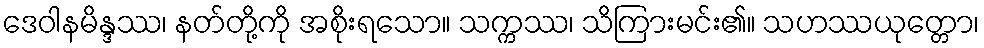
ဒေဝါနမိန္ဒဿ၊ နတ်တို့ကို အစိုးရသော။ သက္ကဿ၊ သိကြားမင်း၏။ သဟဿယုတ္တော၊